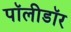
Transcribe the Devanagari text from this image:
पॉलीडॉर